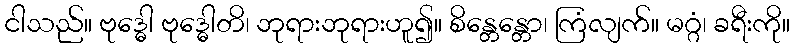
ငါသည်။ ဗုဒ္ဓေါ ဗုဒ္ဓေါတိ၊ ဘုရားဘုရားဟူ၍။ စိန္တေန္တော၊ ကြံလျက်။ မဂ္ဂံ၊ ခရီးကို။